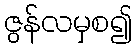
ဇွန်လမှစ၍